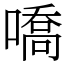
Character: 嘺